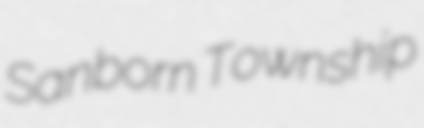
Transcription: Sanborn Township